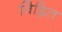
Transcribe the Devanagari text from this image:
विह्नित